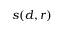
s ( d , r )